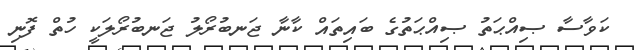
ކަވާސާ ޞިއްޙަތު ޞިއްޙަތުގެ ބައިތައް ކާނާ ޖަނބުރޯލު ޖަނބުރޯލަކީ ހުތް ފޮނި